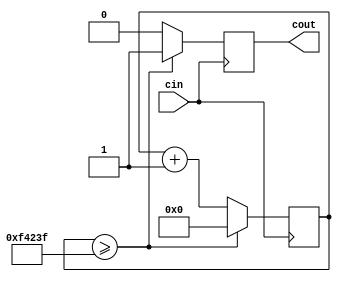
module ClockDividerSixty(cin,cout);

//Taken from in course labs

input cin;
output reg cout;

reg[31:0] count; 
parameter D = 32'd1000000;

always @(posedge cin)
begin
   count <= count + 32'd1;
      if (count >= (D-1)) begin
         cout <= 1;
         count <= 32'd0;
      end
        else begin
            cout <= 0;
        end
end


endmodule